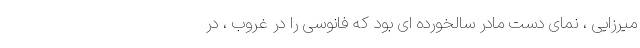
میرزایی ، نمای دست مادر سالخورده ای بود که فانوسی را در غروب ، در